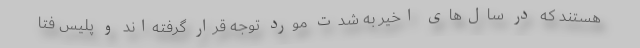
هستند که در سال‌های اخیر به شدت مورد توجه قرار گرفته‌اند و پلیس فتا